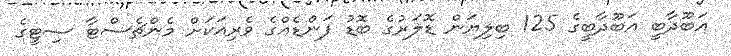
އަބޫދާބީ އަބޫދާބީގެ 125 ބިލިޔަން ޑޮލަރުގެ ބޮޑު ފަންޑެއްގެ ވެރިއަކަށް މެންޗެސްޓާ ސިޓީގެ